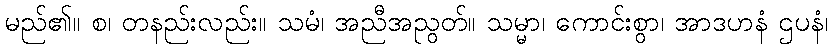
မည်၏။ စ၊ တနည်းလည်း။ သမံ၊ အညီအညွတ်။ သမ္မာ၊ ကောင်းစွာ၊ အာဒဟနံ ဌပနံ၊